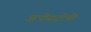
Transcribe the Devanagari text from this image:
अपोसट्रोफी